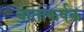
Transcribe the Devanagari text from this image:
वाताकर्षक